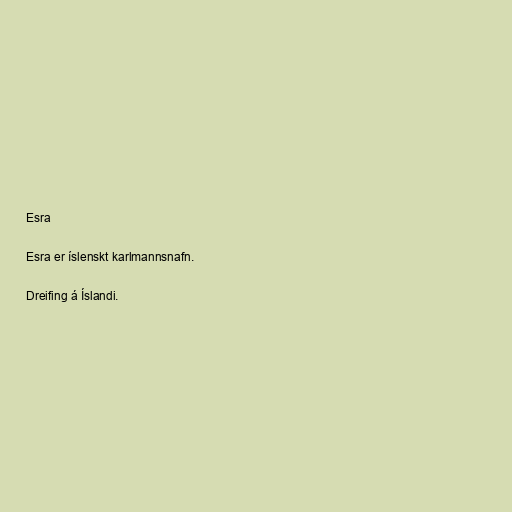
Esra

Esra er íslenskt karlmannsnafn.

Dreifing á Íslandi.